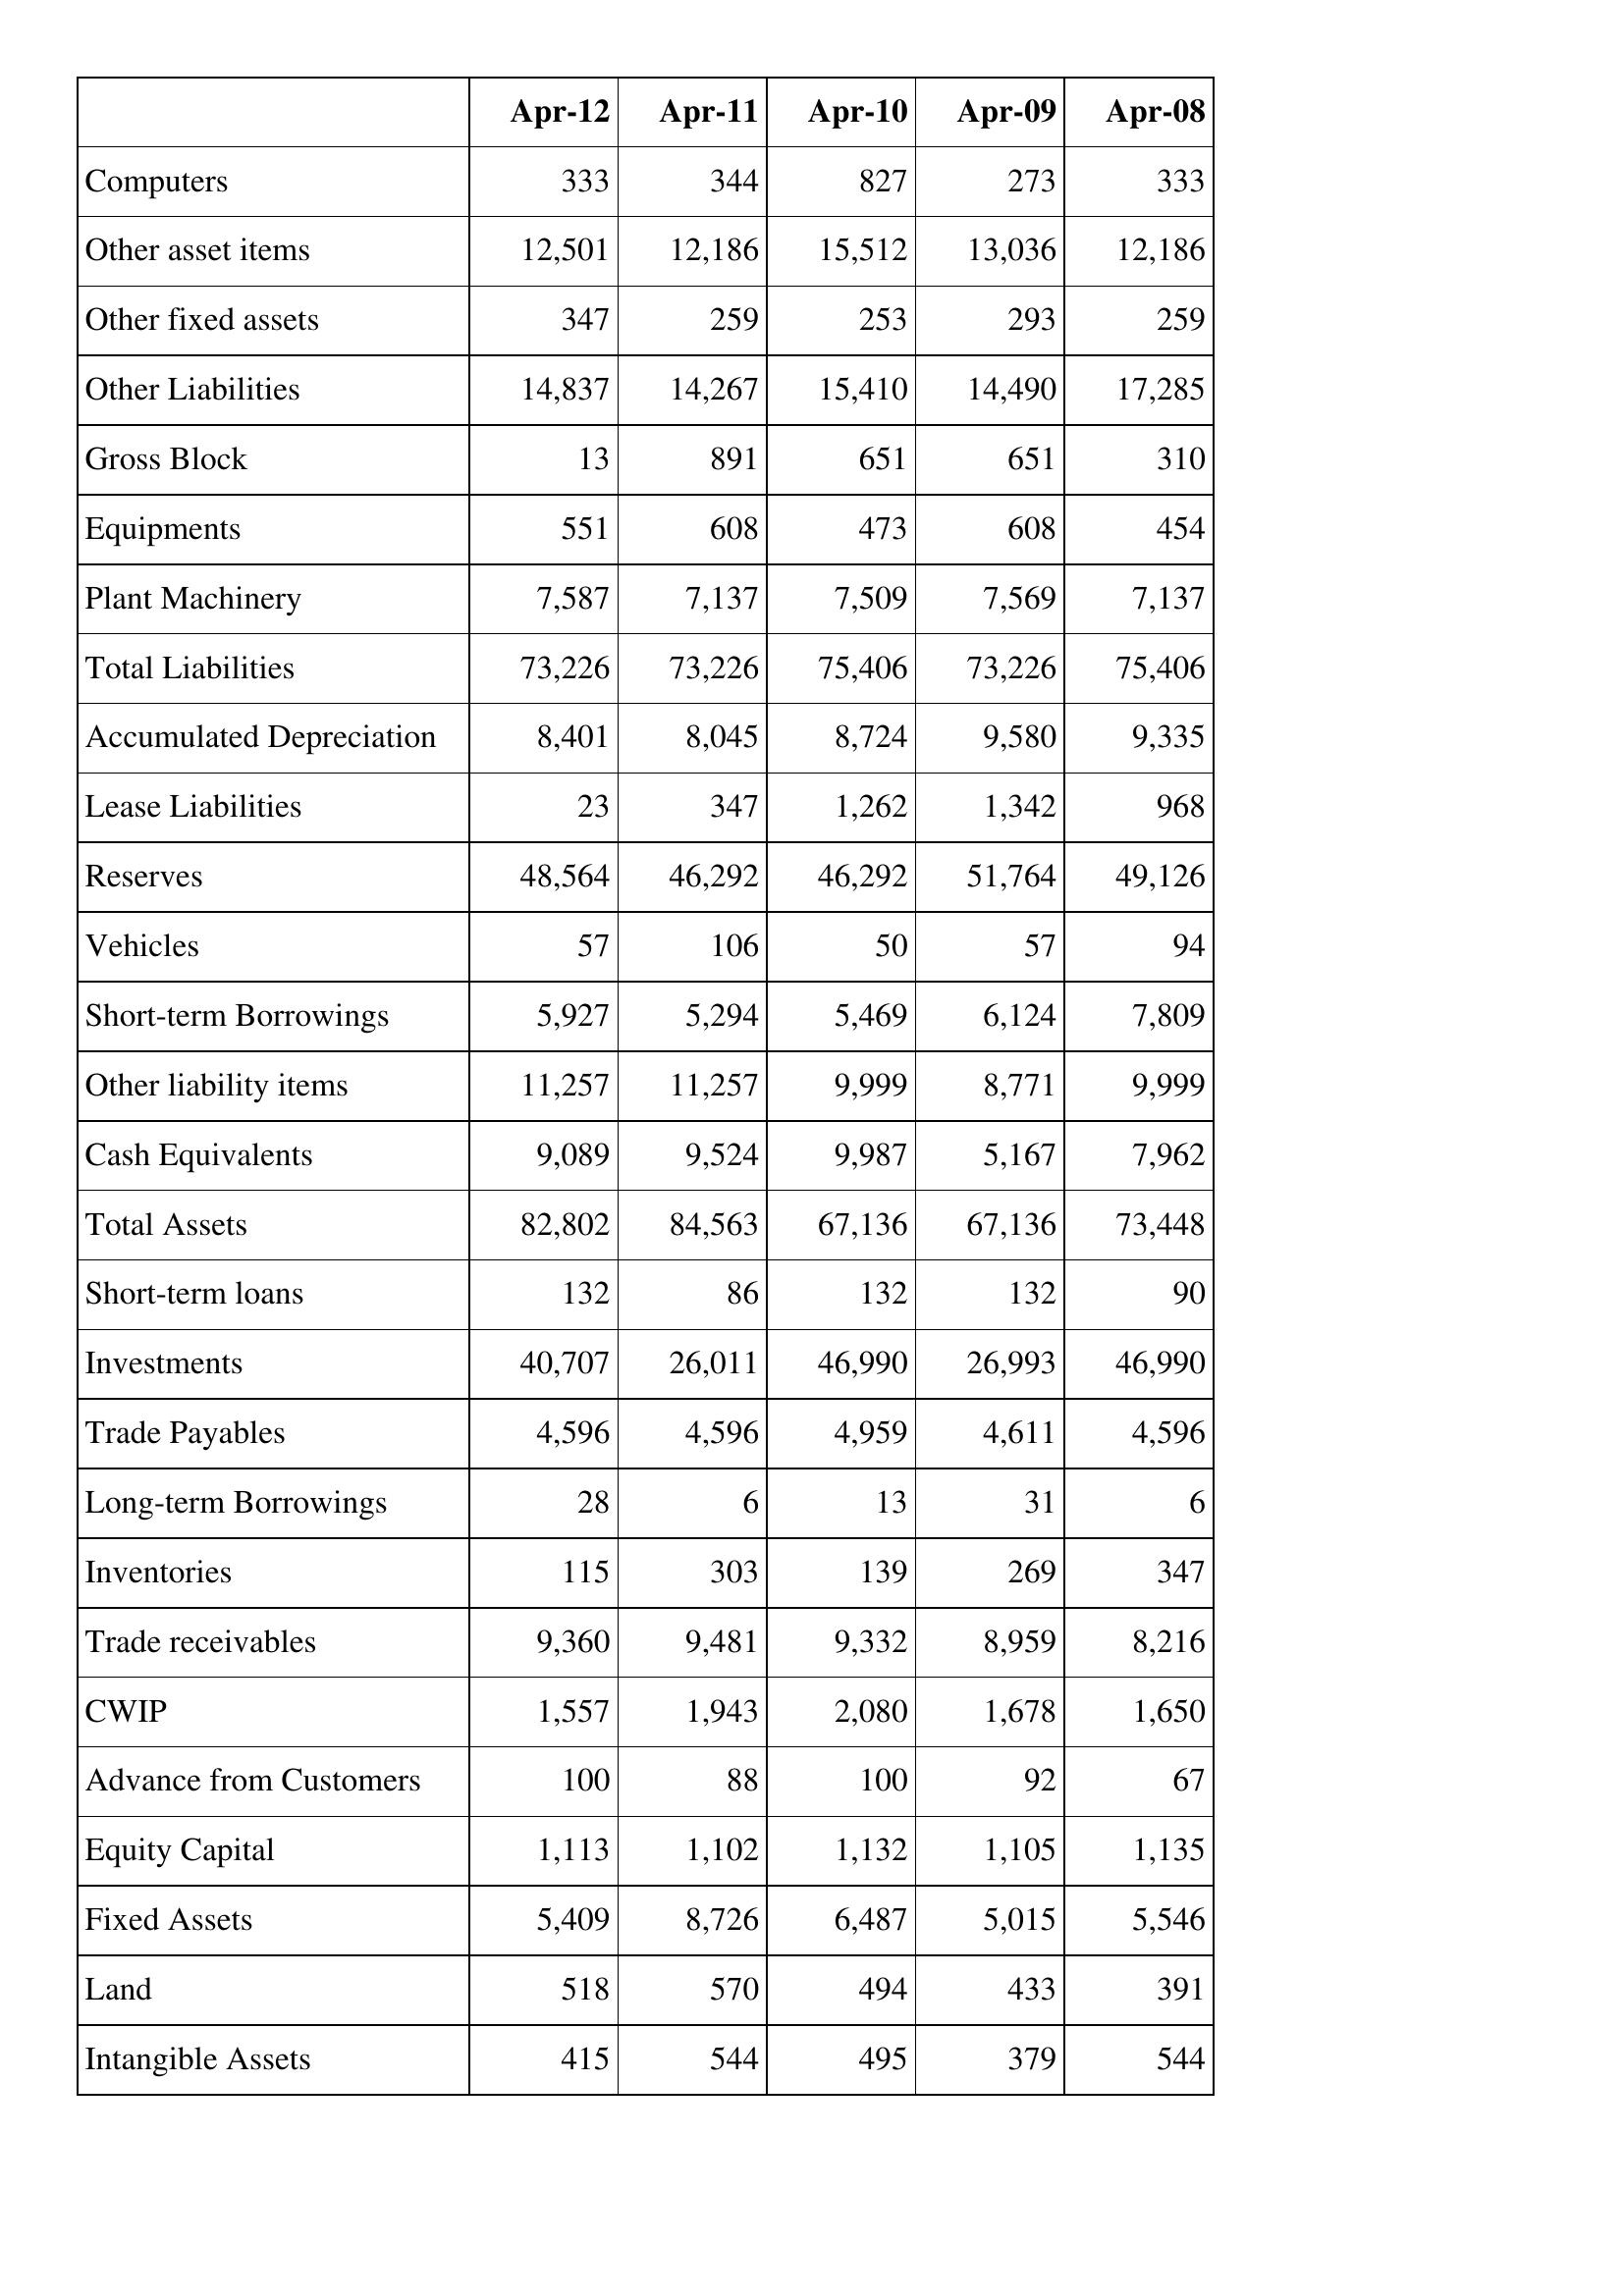
Apr-12: Balance Sheet: Computers: 333
Other asset items: 12,501
Other fixed assets: 347
Other Liabilities: 14,837
Gross Block: 13
Equipments: 551
Plant Machinery: 7,587
Total Liabilities: 73,226
Accumulated Depreciation: 8,401
Lease Liabilities: 23
Reserves: 48,564
Vehicles: 57
Short-term Borrowings: 5,927
Other liability items: 11,257
Cash Equivalents: 9,089
Total Assets: 82,802
Short-term loans: 132
Investments: 40,707
Trade Payables: 4,596
Long-term Borrowings: 28
Inventories: 115
Trade receivables: 9,360
CWIP: 1,557
Advance from Customers: 100
Equity Capital: 1,113
Fixed Assets: 5,409
Land: 518
Intangible Assets: 415
Apr-11: Balance Sheet: Computers: 344
Other asset items: 12,186
Other fixed assets: 259
Other Liabilities: 14,267
Gross Block: 891
Equipments: 608
Plant Machinery: 7,137
Total Liabilities: 73,226
Accumulated Depreciation: 8,045
Lease Liabilities: 347
Reserves: 46,292
Vehicles: 106
Short-term Borrowings: 5,294
Other liability items: 11,257
Cash Equivalents: 9,524
Total Assets: 84,563
Short-term loans: 86
Investments: 26,011
Trade Payables: 4,596
Long-term Borrowings: 6
Inventories: 303
Trade receivables: 9,481
CWIP: 1,943
Advance from Customers: 88
Equity Capital: 1,102
Fixed Assets: 8,726
Land: 570
Intangible Assets: 544
Apr-10: Balance Sheet: Computers: 827
Other asset items: 15,512
Other fixed assets: 253
Other Liabilities: 15,410
Gross Block: 651
Equipments: 473
Plant Machinery: 7,509
Total Liabilities: 75,406
Accumulated Depreciation: 8,724
Lease Liabilities: 1,262
Reserves: 46,292
Vehicles: 50
Short-term Borrowings: 5,469
Other liability items: 9,999
Cash Equivalents: 9,987
Total Assets: 67,136
Short-term loans: 132
Investments: 46,990
Trade Payables: 4,959
Long-term Borrowings: 13
Inventories: 139
Trade receivables: 9,332
CWIP: 2,080
Advance from Customers: 100
Equity Capital: 1,132
Fixed Assets: 6,487
Land: 494
Intangible Assets: 495
Apr-09: Balance Sheet: Computers: 273
Other asset items: 13,036
Other fixed assets: 293
Other Liabilities: 14,490
Gross Block: 651
Equipments: 608
Plant Machinery: 7,569
Total Liabilities: 73,226
Accumulated Depreciation: 9,580
Lease Liabilities: 1,342
Reserves: 51,764
Vehicles: 57
Short-term Borrowings: 6,124
Other liability items: 8,771
Cash Equivalents: 5,167
Total Assets: 67,136
Short-term loans: 132
Investments: 26,993
Trade Payables: 4,611
Long-term Borrowings: 31
Inventories: 269
Trade receivables: 8,959
CWIP: 1,678
Advance from Customers: 92
Equity Capital: 1,105
Fixed Assets: 5,015
Land: 433
Intangible Assets: 379
Apr-08: Balance Sheet: Computers: 333
Other asset items: 12,186
Other fixed assets: 259
Other Liabilities: 17,285
Gross Block: 310
Equipments: 454
Plant Machinery: 7,137
Total Liabilities: 75,406
Accumulated Depreciation: 9,335
Lease Liabilities: 968
Reserves: 49,126
Vehicles: 94
Short-term Borrowings: 7,809
Other liability items: 9,999
Cash Equivalents: 7,962
Total Assets: 73,448
Short-term loans: 90
Investments: 46,990
Trade Payables: 4,596
Long-term Borrowings: 6
Inventories: 347
Trade receivables: 8,216
CWIP: 1,650
Advance from Customers: 67
Equity Capital: 1,135
Fixed Assets: 5,546
Land: 391
Intangible Assets: 544